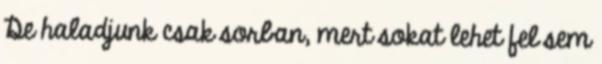
De haladjunk csak sorban, mert sokat lehet fel sem